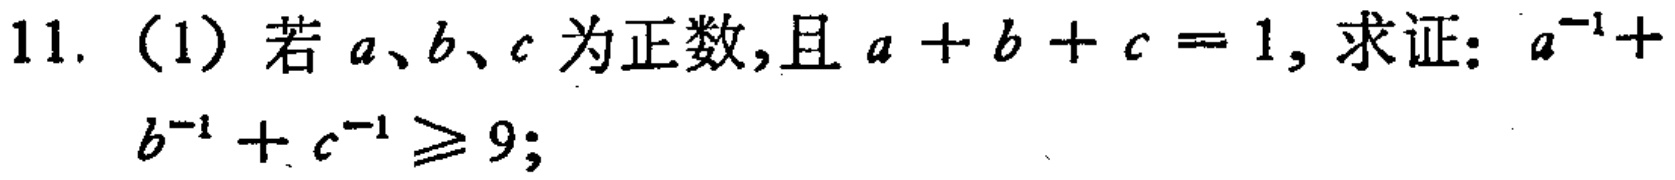
11. (1) 若 \(a\)、\(b\)、\(c\) 为正数,且 \(a + b + c = 1\), 求证: \(a^{-1}+b^{-1}+c^{-1}\geq9\);